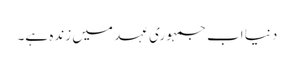
دنیا اب جمہوری عہد میں زندہ ہے۔